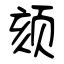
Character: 颏